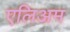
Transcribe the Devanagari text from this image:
एलिअम